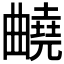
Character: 𣍕